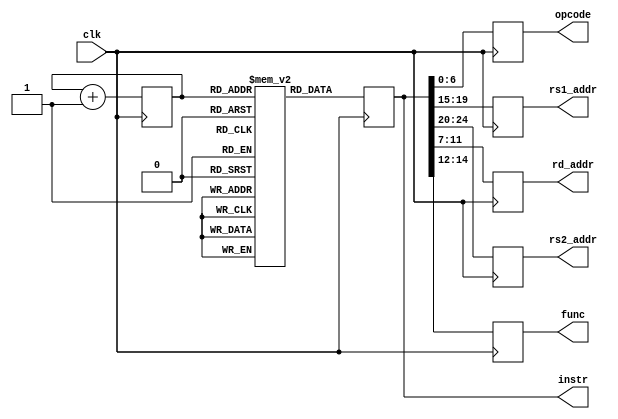
`timescale 1ns / 1ps
//////////////////////////////////////////////////////////////////////////////////
// Company: 
// Engineer: 
// 
// Design Name: 
// Module Name: decode_unit
// Project Name: 
// Target Devices: 
// Tool Versions: 
// Description: 
// 
// Dependencies: 
// 
// Revision:
// Revision 0.01 - File Created
// Additional Comments:
// 
//////////////////////////////////////////////////////////////////////////////////

module fetch_decode_unit(clk,instr,opcode,rs1_addr,rs2_addr,rd_addr,func);
    
    input clk;
    output reg [31:0] instr;
    output reg [6:0] opcode;
    output reg [4:0] rs1_addr;
    output reg [4:0] rs2_addr;
    output reg [4:0] rd_addr;
    output reg [2:0] func;

     reg [31:0] Instr_mem[0:255];//Intruction memory 255*32 bits
     reg [3:0]PC;
     
     always@(posedge clk)
     begin
      instr = Instr_mem[PC];
      PC = PC+1;
     end
     
 always@(posedge clk)
 begin
    opcode <= instr[6:0];
	rs1_addr <= instr[19:15];
	rs2_addr <= instr[24:20];
	rd_addr <= instr[11:7];
	func <= instr[14:12];
 end

endmodule